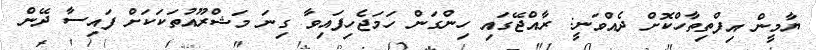
ޔާމީން އިފްތިތާހްކޮށް ދެއްވަނީ: ރާއްޖޭގައި ހިންގަން ހަމަޖެހިފައިވާ ގިނަ މަޝްރޫއުތަކަކަށް ފައިސާ ދޭން